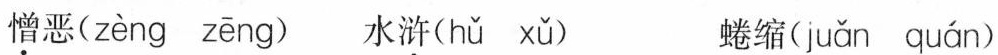
憎恶( zèng zēng ) 水浒( hǔ xǔ ) 蜷缩( juǎn quán )